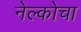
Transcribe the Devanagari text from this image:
नेल्कोचा